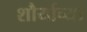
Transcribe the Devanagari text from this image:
शौर्याच्या